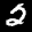
Label: 2